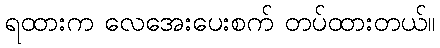
ရထားက လေအေးပေးစက် တပ်ထားတယ်။